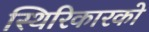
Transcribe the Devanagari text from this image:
स्थिरिकारको